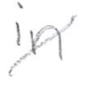
Text: in
Cross-out: diagonal
Writing tool: pencil